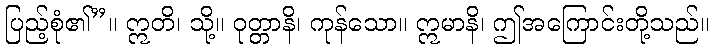
ပြည့်စုံ၏”။ ဣတိ၊ သို့။ ဝုတ္တာနိ၊ ကုန်သော။ ဣမာနိ၊ ဤအကြောင်းတို့သည်။